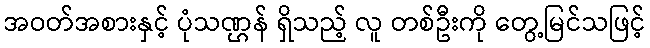
အဝတ်အစားနှင့် ပုံသဏ္ဌန် ရှိသည့် လူ တစ်ဦးကို တွေ့မြင်သဖြင့်